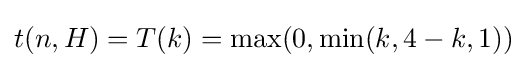
t(n,H)=T(k)=\max(0,\min(k,4-k,1))